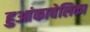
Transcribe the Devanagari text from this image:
हुआंकावेलिका